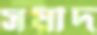
সয়ীদ